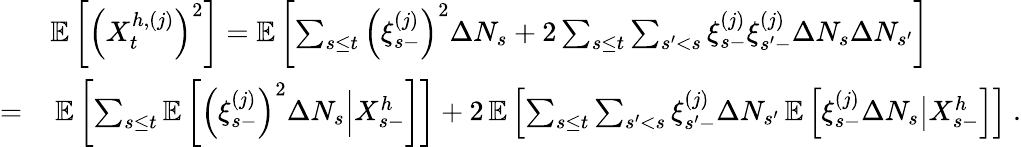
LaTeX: \begin{array}{rl}&{\mathbb{E}\left[\left(X_{t}^{h,(j)}\right)^{2}\right]=\mathbb{E}\left[\sum_{s\leq t}\left(\xi_{s-}^{(j)}\right)^{2}\Delta N_{s}+2\sum_{s\leq t}\sum_{s^{\prime}<s}\xi_{s-}^{(j)}\xi_{s^{\prime}-}^{(j)}\Delta N_{s}\Delta N_{s^{\prime}}\right]}\\ {=}&{\, \mathbb{E}\left[\sum_{s\leq t}\mathbb{E}\left[\left(\xi_{s-}^{(j)}\right)^{2}\Delta N_{s}\Big\vert X_{s-}^{h}\right]\right]+2\, \mathbb{E}\left[\sum_{s\leq t}\sum_{s^{\prime}<s}\xi_{s^{\prime}-}^{(j)}\Delta N_{s^{\prime}}\, \mathbb{E}\left[\xi_{s-}^{(j)}\Delta N_{s}\big\vert X_{s-}^{h}\right]\right]\ .}\end{array}